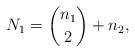
LaTeX: \begin{align*} N_1 = \binom{n_1}{2}+ n_2, \end{align*}